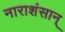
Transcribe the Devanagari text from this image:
नाराशंसान्